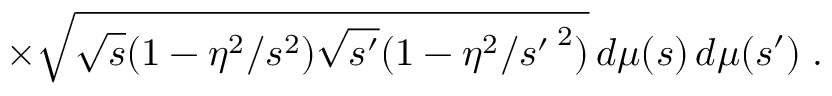
\times \sqrt { \sqrt { s } ( 1 - \eta ^ { 2 } / s ^ { 2 } ) \sqrt { s ^ { \prime } } ( 1 - \eta ^ { 2 } / { s ^ { \prime } \, } ^ { 2 } ) } \, d \mu ( s ) \, d \mu ( s ^ { \prime } ) \; .